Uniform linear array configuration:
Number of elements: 4
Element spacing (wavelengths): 0.25
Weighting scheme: kaiser
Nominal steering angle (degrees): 0
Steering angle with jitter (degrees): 0.674
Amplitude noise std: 0.05
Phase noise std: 0.05

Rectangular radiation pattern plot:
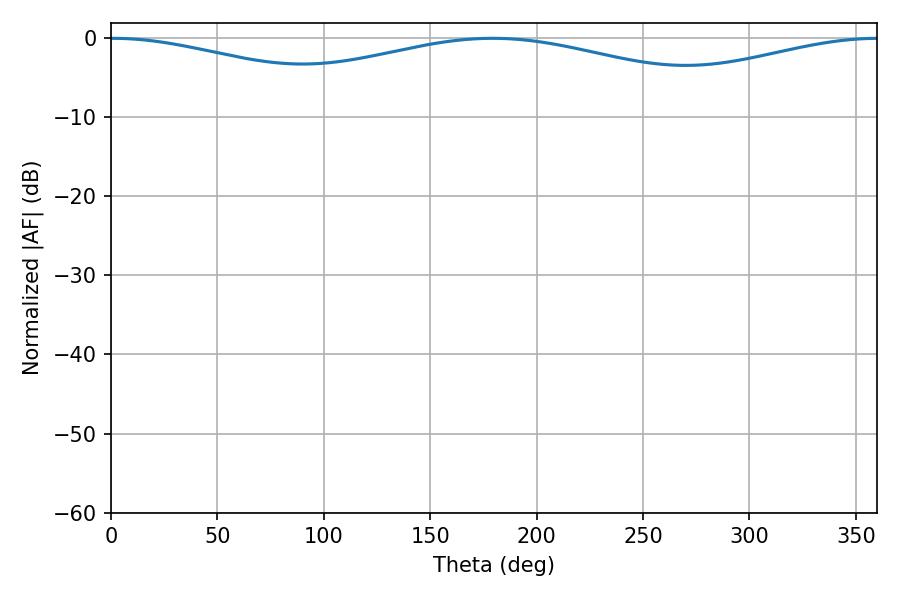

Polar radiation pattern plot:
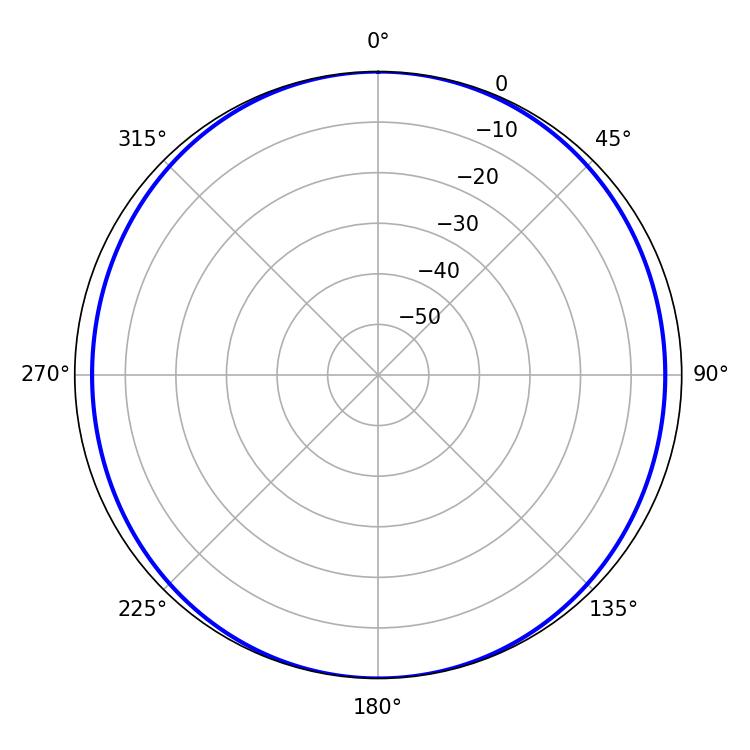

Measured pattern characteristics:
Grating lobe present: FALSE
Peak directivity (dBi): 17.706
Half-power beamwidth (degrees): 74.7
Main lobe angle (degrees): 0.72